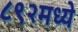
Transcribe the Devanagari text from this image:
८९२मध्ये